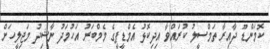
ކޮމަންޑޫ ދާއިރާ ތަމްސީލު ކުރައްވާ އިދިކޮޅު އެމްޑީޕީގެ މެމްބަރު އަހުމަދު ނާޝިދު މަޖިލީހަށް